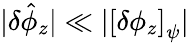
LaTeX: |\delta\hat{\phi}_{z}|\ll|\left[\delta\phi_{z}\right]_{\psi}|